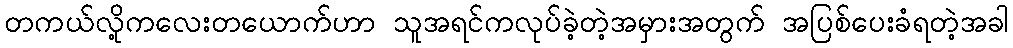
တကယ်လို့ကလေးတယောက်ဟာ သူအရင်ကလုပ်ခဲ့တဲ့အမှားအတွက် အပြစ်ပေးခံရတဲ့အခါ